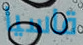
قاسيا